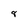
Character: 8